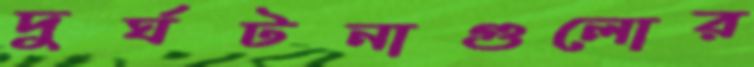
দুর্ঘটনাগুলোর